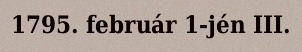
1795. február 1-jén III.